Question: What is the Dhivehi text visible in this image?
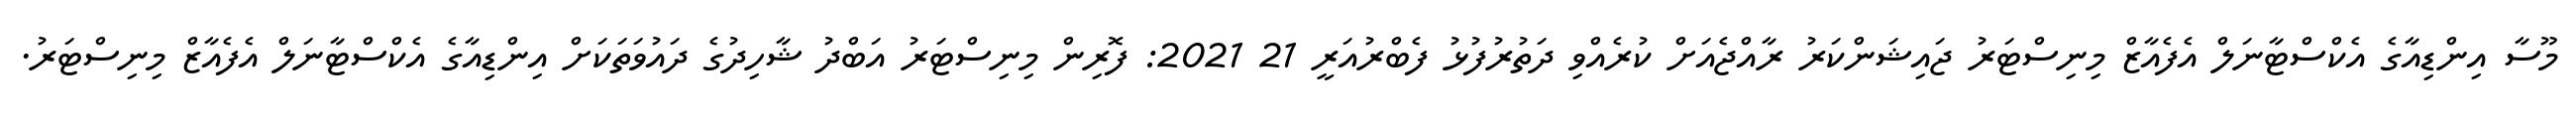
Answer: މޫސާ އިންޑިއާގެ އެކްސްޓާނަލް އެފެއާޒް މިނިސްޓަރު ޖައިޝަންކަރު ރާއްޖެއަށް ކުރެއްވި ދަތުރުފުޅު ފެބްރުއަރީ 21 2021: ފޮރިން މިނިސްޓަރު އަބްދު ޝާހިދުގެ ދައުވަތަކަށް އިންޑިއާގެ އެކްސްޓާނަލް އެފެއާޒް މިނިސްޓަރު.